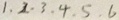
1 . 2 . 3 . 4 . 5 . 6